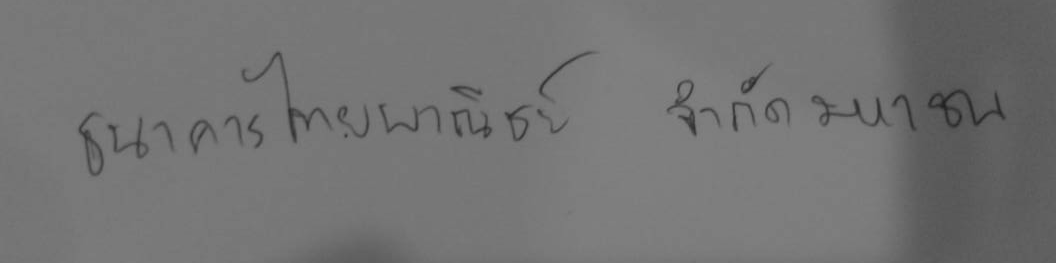
ธนาคารไทยพาณิชย์ จำกัดมหาชน